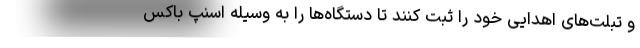
و تبلت‌های اهدایی خود را ثبت کنند تا دستگاه‌ها را به وسیله اسنپ باکس